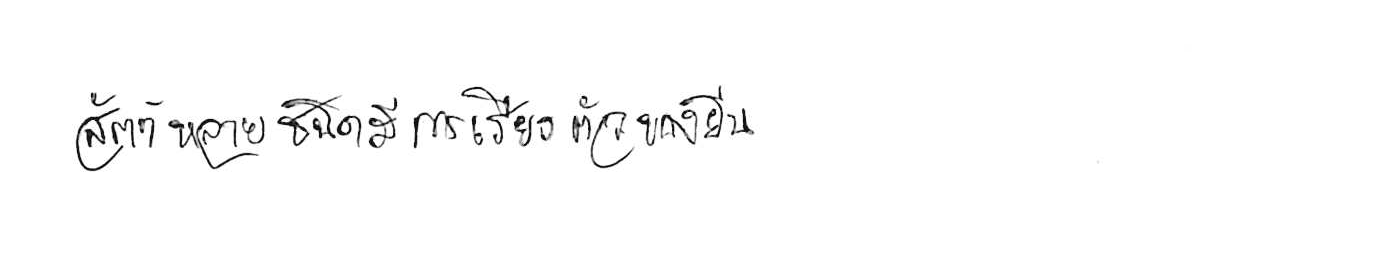
สัตว์หลายชนิดมีการเรียงตัวของยีน